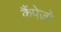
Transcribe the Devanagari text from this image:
कैंपेज़ो